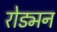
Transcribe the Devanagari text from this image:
रोड्मन